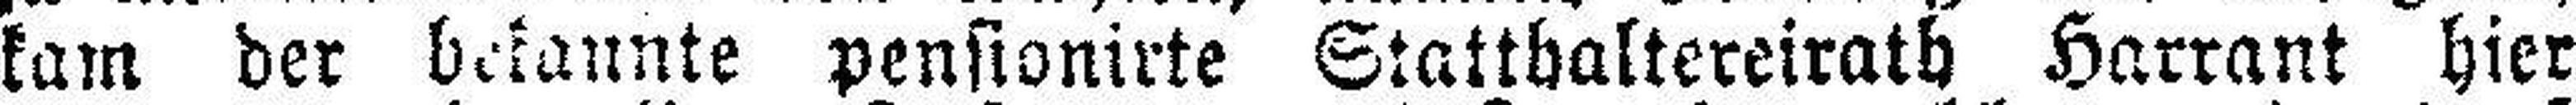
kam der bekannte pensionirte Stattbaltereirath Harrant hier